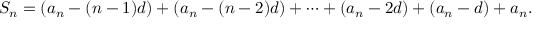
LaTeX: S _ { n } = ( a _ { n } - ( n - 1 ) d ) + ( a _ { n } - ( n - 2 ) d ) + \cdots + ( a _ { n } - 2 d ) + ( a _ { n } - d ) + a _ { n } .